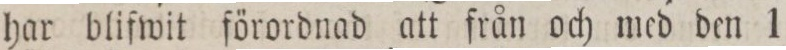
har blifwit förordnad att från och med den 1